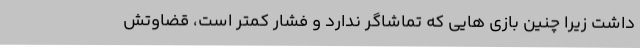
داشت زیرا چنین بازی هایی که تماشاگر ندارد و فشار کمتر است، قضاوتش